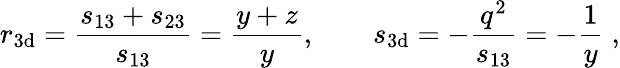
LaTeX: r_{\mathrm{3d}}=\frac{s_{13}+s_{23}}{s_{13}}=\frac{y+z}{y},\qquad s_{\mathrm{3d}}=-\frac{q^{2}}{s_{13}}=-\frac{1}{y}\; ,